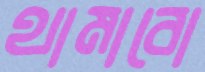
থামাবো